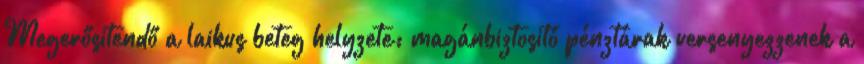
Megerősitendő a laikus beteg helyzete: magánbiztositó pénztárak versenyezzenek a